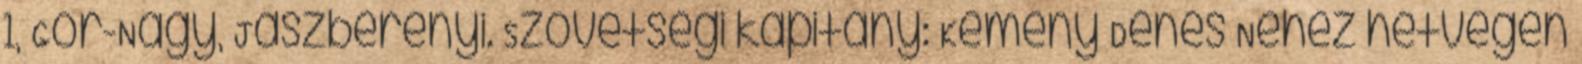
1, Gór-Nagy, Jászberényi. Szövetségi kapitány: Kemény Dénes Nehéz hétvégén